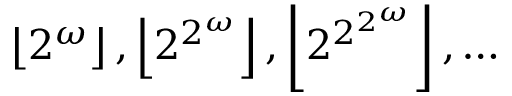
\left\lfloor 2 ^ { \omega } \right\rfloor , \left\lfloor 2 ^ { 2 ^ { \omega } } \right\rfloor , \left\lfloor 2 ^ { 2 ^ { 2 ^ { \omega } } } \right\rfloor , \dots